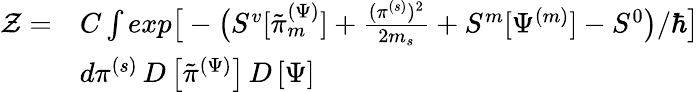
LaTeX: \begin{array}{rl}{\mathcal{Z}=}&{C\int exp\big[-\big(S^{v}[\tilde{\pi}_{m}^{(\Psi)}]+\frac{(\pi^{(s)})^{2}}{2m_{s}}+S^{m}[\Psi^{(m)}]-S^{0}\big)/\hbar\big]}\\ &{d\pi^{(s)}\, D\left[\tilde{\pi}^{(\Psi)}\right]\, D\left[\Psi\right]}\end{array}